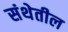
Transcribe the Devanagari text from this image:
संथेतील